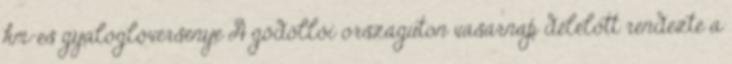
km-es gyaloglóversenye A gödöllői országúton vasárnap délelőtt rendezte a